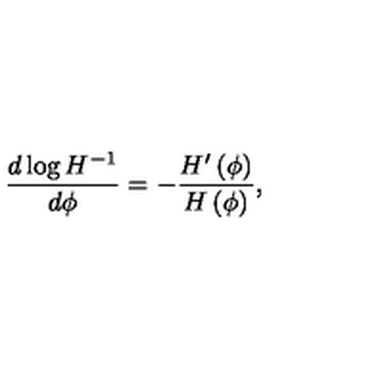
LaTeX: { \frac { d \log { H ^ { - 1 } } } { d \phi } } = - { \frac { H ^ { \prime } \left( \phi \right) } { H \left( \phi \right) } } ,